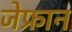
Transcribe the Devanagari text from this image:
जेफ्रान